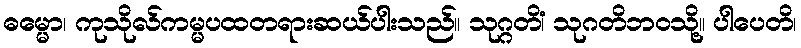
ဓမ္မော၊ ကုသိုလ်ကမ္မပထတရားဆယ်ပါးသည်။ သုဂ္ဂတိံ၊ သုဂတိဘဝသို့။ ပါပေတိ၊